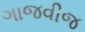
ગાજવીજ